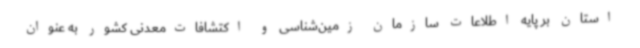
استان بر پایه اطلاعات سازمان زمین‌شناسی و اکتشافات‌معدنی کشور به عنوان